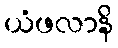
ယံဖလာနိ